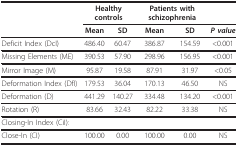
<table><thead><tr><td></td><td colspan="2"><b>Healthy controls</b></td><td colspan="2"><b>Patients with schizophrenia</b></td><td></td></tr><tr><td></td><td><b>Mean</b></td><td><b>SD</b></td><td><b>Mean</b></td><td><b>SD</b></td><td><b><i>P value</i></b></td></tr></thead><tbody><tr><td>Deficit Index (DcI)</td><td>486.40</td><td>60.47</td><td>386.87</td><td>154.59</td><td>&lt;0.001</td></tr><tr><td>Missing Elements (ME)</td><td>390.53</td><td>57.90</td><td>298.96</td><td>156.95</td><td>&lt;0.001</td></tr><tr><td>Mirror Image (M)</td><td>95.87</td><td>19.58</td><td>87.91</td><td>31.97</td><td>&lt;0.05</td></tr><tr><td>Deformation Index (DfI)</td><td>179.53</td><td>36.04</td><td>170.13</td><td>46.50</td><td>NS</td></tr><tr><td>Deformation (D)</td><td>441.29</td><td>140.27</td><td>334.48</td><td>134.20</td><td>&lt;0.001</td></tr><tr><td>Rotation (R)</td><td>83.66</td><td>32.43</td><td>82.22</td><td>33.38</td><td>NS</td></tr><tr><td colspan="6">Closing-In Index (CiI):</td></tr><tr><td>Close-In (CI)</td><td>100.00</td><td>0.00</td><td>100.00</td><td>0.00</td><td>NS</td></tr></tbody></table>